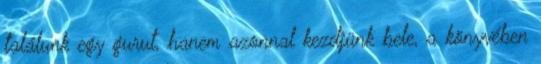
találunk egy gurut, hanem azonnal kezdjünk bele, a könyvében